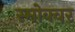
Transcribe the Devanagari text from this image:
स्मोक्वर